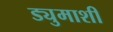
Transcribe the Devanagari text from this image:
ड्युमाशी